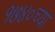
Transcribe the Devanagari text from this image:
१७४०च्या